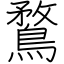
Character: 鶩